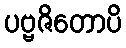
ပဗ္ဗဇိတောပိ